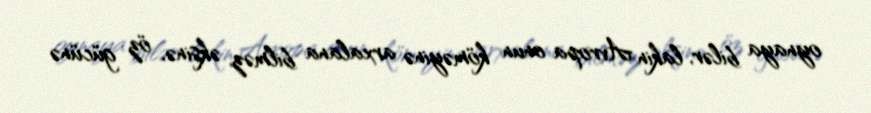
oynaya bilər, lakin Avropa onun köməyinə arxalana bilməz, əksinə, öz gücünə